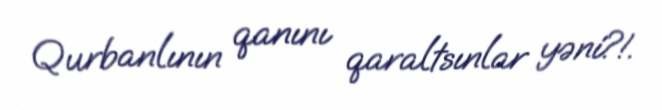
Qurbanlının qanını qaraltsınlar yəni?!.